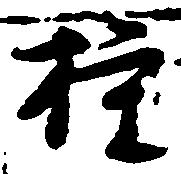
権